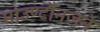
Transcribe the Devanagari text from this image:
माउण्टौनजने